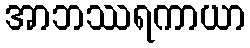
အာဘဿရကာယာ